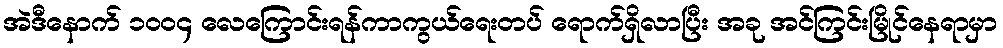
အဲဒီနောက် ၁၀၀၄ လေကြောင်းရန်ကာကွယ်ရေးတပ် ရောက်ရှိလာပြီး အခု အင်ကြင်းမြိုင်နေရာမှာ